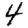
Digit: 4